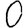
Digit: 0